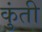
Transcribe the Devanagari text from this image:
कुुंती